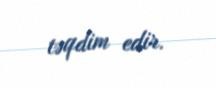
təqdim edir.